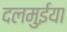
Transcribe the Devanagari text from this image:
दलमुईया